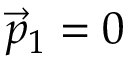
\vec { p } _ { 1 } = 0